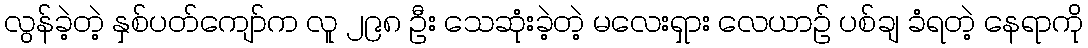
လွန်ခဲ့တဲ့ နှစ်ပတ်ကျော်က လူ ၂၉၈ ဦး သေဆုံးခဲ့တဲ့ မလေးရှား လေယာဉ် ပစ်ချ ခံရတဲ့ နေရာကို